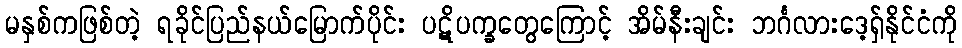
မနှစ်ကဖြစ်တဲ့ ရခိုင်ပြည်နယ်မြောက်ပိုင်း ပဋိပက္ခတွေကြောင့် အိမ်နီးချင်း ဘင်္ဂလားဒေ့ရ်ှနိုင်ငံကို